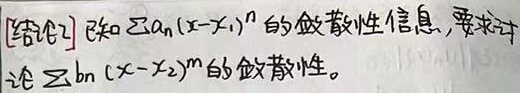
[结论2] 已知$\sum a_{n}(x - x_{1})^{n}$的敛散性信息，要求讨
论$\sum b_{n}(x - x_{2})^{m}$的敛散性。